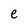
Character: e